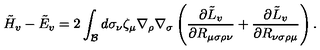
\tilde { H } _ { v } - \tilde { E } _ { v } = 2 \int _ { \cal B } d \sigma _ { \nu } \zeta _ { \mu } \nabla _ { \rho } \nabla _ { \sigma } \left( { \frac { \partial { \tilde { L } } _ { v } } { \partial R _ { \mu \sigma \rho \nu } } } + { \frac { \partial { \tilde { L } } _ { v } } { \partial R _ { \nu \sigma \rho \mu } } } \right) .